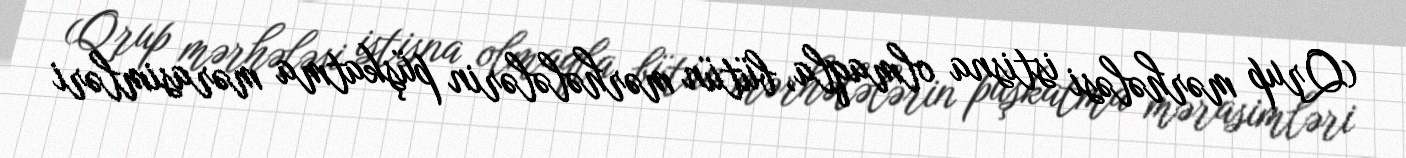
(Qrup mərhələsi istisna olmaqla, bütün mərhələlərin püşkatma mərasimləri